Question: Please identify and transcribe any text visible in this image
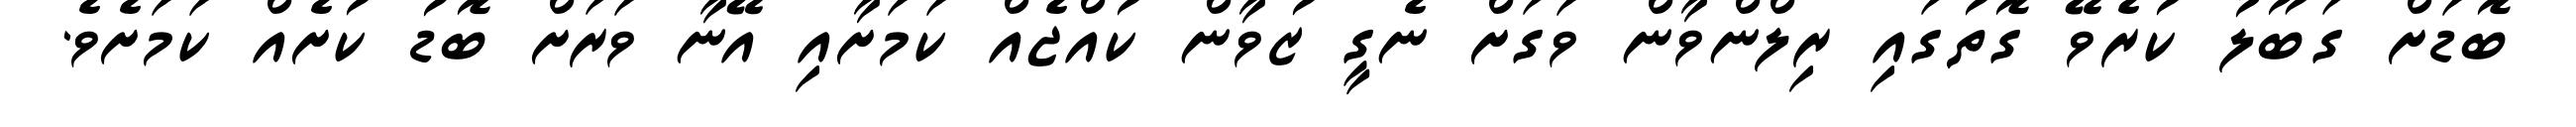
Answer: ބޮޑަށް ގަބޫލު ކުރެވޭ ގޮތުގައި ރިލްންވާން ވަގަށް ނެގީ ޒުވާން ކުއްޖެއް ކަމަށާއި އޭނާ ވަރަށް ބޮޑު ކުށެއް ކަމަށެވެ.